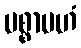
ပစ္စာမဟံ